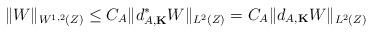
LaTeX: \begin{align*}\Vert W \Vert_{W^{1,2}(Z)} \leq C_A \Vert d_{A, {\bf K}}^* W \Vert_{L^2(Z)} = C_A \Vert d_{A, {\bf K}} W \Vert_{L^2(Z)}\end{align*}